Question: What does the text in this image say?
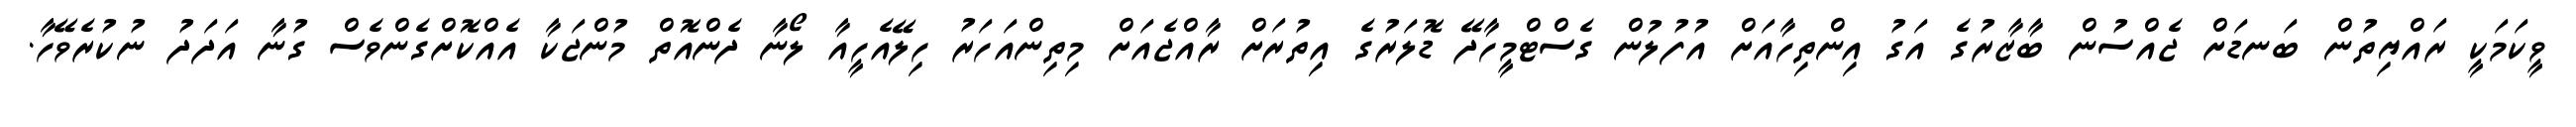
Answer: ވީކަމަކީ ރައްޔިތުން ބަނޑަށް ޖެއްސުން ބާޒާރުގެ އަގު އިންތިހާއަށް އުފުލުން ގެސްޓްމީހާދޭ ޑޮލަރުގެ އިތުރަށް ރާއްޖެއަށް މިތިންއަހަރު ހިލޭއެހީއާ ލޯނާ ދެންއޮތް މުންޖަކާ އެއްކޮށްގެންވެސް ގުނާ އަދަދު ނުކުރެވޭހާ.